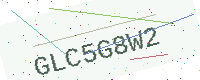
Text: GLC5G8W2